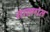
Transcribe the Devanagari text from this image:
तालगत